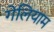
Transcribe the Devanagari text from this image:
गेलियाम